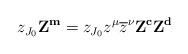
LaTeX: \begin{align*}\begin{aligned}& z _{J_0}\mathbf{Z}^{\mathbf{m}} = z _{J_0} z^\mu \overline{z} ^\nu \mathbf{Z}^{\mathbf{c}} \mathbf{Z}^{\mathbf{d}} \end{aligned}\end{align*}